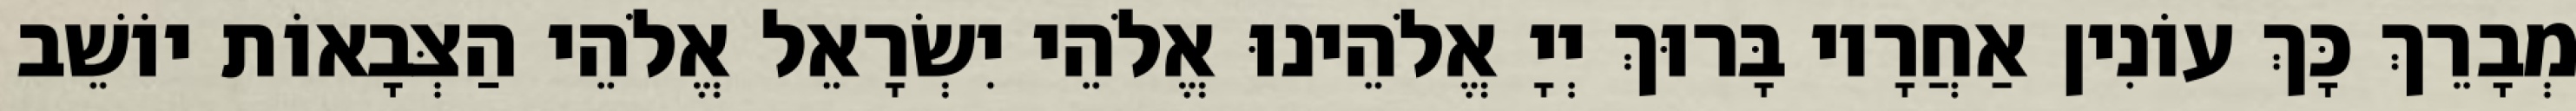
מְבָרֵךְ כָּךְ עוֹנִין אַחֲרָיו בָּרוּךְ יְיָ אֱלֹהֵינוּ אֱלֹהֵי יִשְׂרָאֵל אֱלֹהֵי הַצְּבָאוֹת יוֹשֵׁב